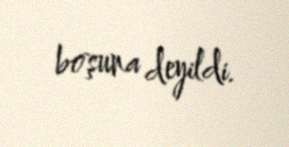
boşuna deyildi.